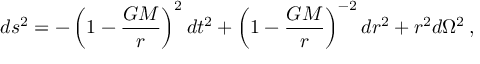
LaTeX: d s ^ { 2 } = - \left( 1 - \frac { G M } { r } \right) ^ { 2 } d t ^ { 2 } + \left( 1 - \frac { G M } { r } \right) ^ { - 2 } d r ^ { 2 } + r ^ { 2 } d \Omega ^ { 2 } \, ,